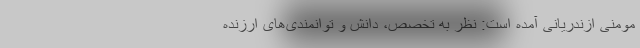
مومنی ازندریانی آمده است: نظر به تخصص، دانش و توانمندی‌های ارزنده